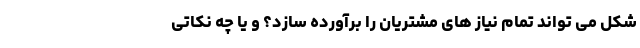
شکل می تواند تمام نیاز های مشتریان را برآورده سازد؟ و یا چه نکاتی